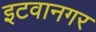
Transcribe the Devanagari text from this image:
इटवानगर